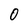
Character: O